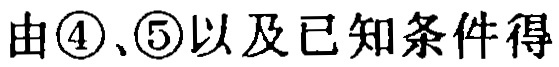
由\textcircled{4}、\textcircled{5}以及已知条件得